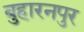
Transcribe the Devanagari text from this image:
बुहारनपुर